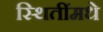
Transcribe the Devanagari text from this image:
स्थितींमधे